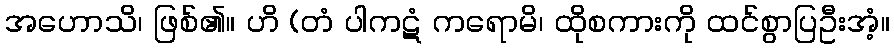
အဟောသိ၊ ဖြစ်၏။ ဟိ (တံ ပါကဋံ ကရောမိ၊ ထိုစကားကို ထင်စွာပြဦးအံ့။